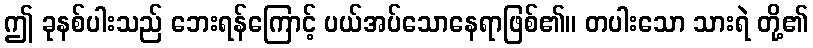
ဤ ခုနစ်ပါးသည် ဘေးရန်ကြောင့် ပယ်အပ်သောနေရာဖြစ်၏။ တပါးသော သားရဲ တို့၏